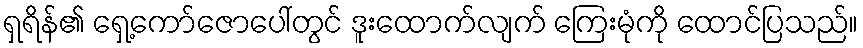
ရှရိန်၏ ရှေ့ကော်ဇောပေါ်တွင် ဒူးထောက်လျက် ကြေးမုံကို ထောင်ပြသည်။